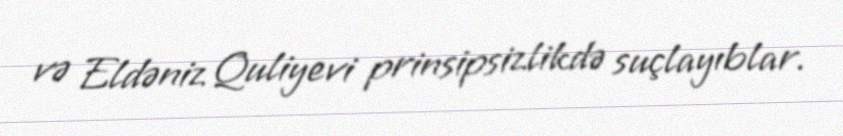
və Eldəniz Quliyevi prinsipsizlikdə suçlayıblar.